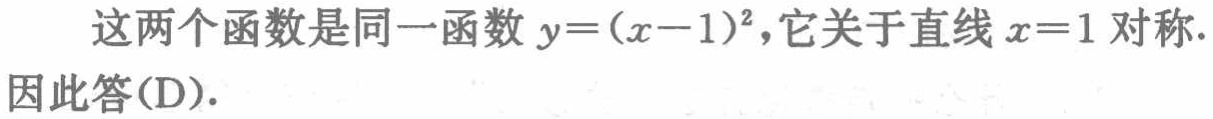
这两个函数是同一函数 \(y=(x - 1)^2\)，它关于直线 \(x = 1\) 对称.
因此答(D).